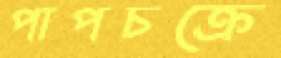
পাপচক্রে